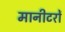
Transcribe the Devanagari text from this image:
मानीटरों